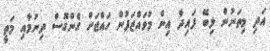
އަދި މިތަނުން ލިބޭ ފައިދާ އިން މުވައްޒަފުން ހައްޖަށް ގެންގޮސް ދިނުމާއި މަތީ